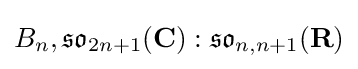
B_{n},{\mathfrak {so}}_{2n+1}(\mathbf {C} ):{\mathfrak {so}}_{n,n+1}(\mathbf {R} )